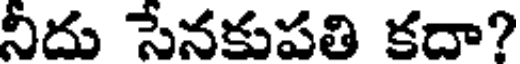
నీదు సేనకుపతి కదా?